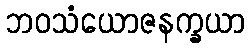
ဘဝသံယောဇနက္ခယာ